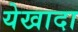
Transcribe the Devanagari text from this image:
येखादा